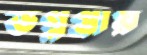
ভগ্নপ্রায়